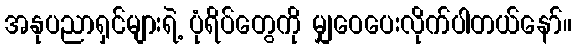
အနုပညာရှင်များရဲ့ ပုံရိပ်တွေကို မျှဝေပေးလိုက်ပါတယ်နော်။